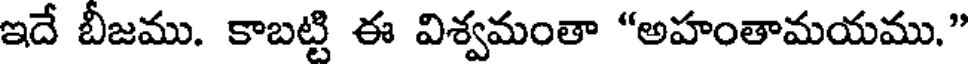
ఇదే బీజము. కాబట్టి ఈ విశ్వమంతా "అహంతామయము."